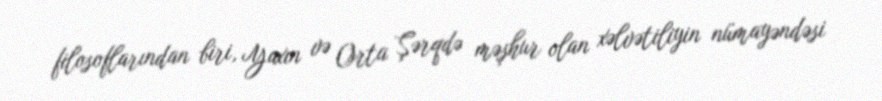
filosoflarından biri, Yaxın və Orta Şərqdə məşhur olan xəlvətiliyin nümayəndəsi